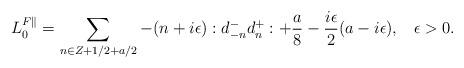
LaTeX: \begin{align*}L_0^{F\parallel}= \sum_{n\in Z+1/2 +a/2} -(n+i\epsilon):d^-_{-n}d^+_n: + {a\over 8}-{i\epsilon\over 2}(a-i\epsilon),\;\;\; \epsilon >0.\end{align*}